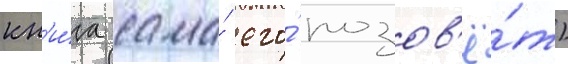
кн'и́га сама́ его́ позов'ё́т)